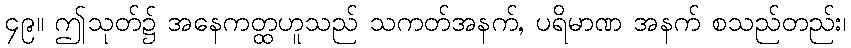
၄၉။ ဤသုတ်၌ အနေကတ္ထဟူသည် သကတ်အနက်, ပရိမာဏ အနက် စသည်တည်း၊